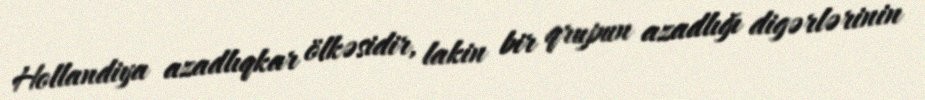
Hollandiya azadlıqkar ölkəsidir, lakin bir qrupun azadlığı digərlərinin